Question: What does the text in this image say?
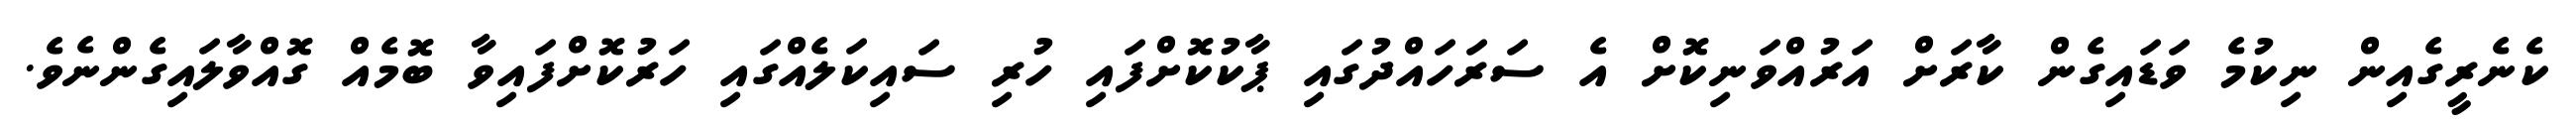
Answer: ކެނެރީގެއިން ނިކުމެ ވަޑައިގެން ކާރަށް އަރުއްވަނިކޮށް އެ ސަރަހައްދުގައި ޕާކުކޮށްފައި ހުރި ސައިކަލެއްގައި ހަރުކޮށްފައިވާ ބޮމެއް ގޮއްވާލައިގެންނެވެ.